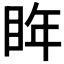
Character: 𭾮